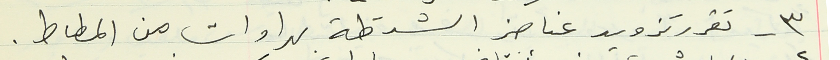
٣ - تقرر تزويد عناصر الشرطة بهراوات من المطاط.